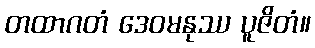
တထာဂတံ ဒေဝမနုဿ ပူဇိတံ။